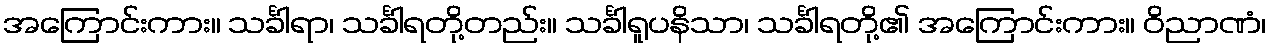
အကြောင်းကား။ သင်္ခါရာ၊ သင်္ခါရတို့တည်း။ သင်္ခါရူပနိသာ၊ သင်္ခါရတို့၏ အကြောင်းကား။ ဝိညာဏံ၊